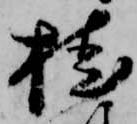
桂